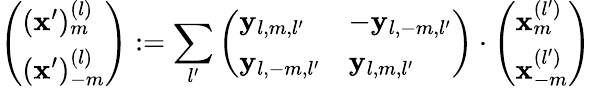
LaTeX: \left(\begin{array}{l}{(\mathbf{x}^{\prime})_{m}^{(l)}}\\ {(\mathbf{x}^{\prime})_{-m}^{(l)}}\end{array}\right):=\sum_{l^{\prime}}\left(\begin{array}{ll}{\mathbf{y}_{l,m,l^{\prime}}}&{-\mathbf{y}_{l,-m,l^{\prime}}}\\ {\mathbf{y}_{l,-m,l^{\prime}}}&{\mathbf{y}_{l,m,l^{\prime}}}\end{array}\right)\cdot\left(\begin{array}{l}{\mathbf{x}_{m}^{(l^{\prime})}}\\ {\mathbf{x}_{-m}^{(l^{\prime})}}\end{array}\right)